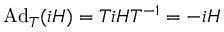
\mathrm { A d } _ { T } ( i H ) = T i H T ^ { - 1 } = - i H